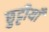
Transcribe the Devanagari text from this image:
छुट्टीयाँ